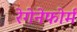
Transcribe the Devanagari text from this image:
रेगेनेफोर्म